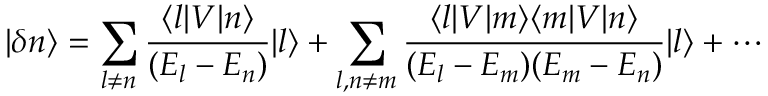
| \delta n \rangle = \sum _ { l \neq n } { \frac { \langle l | V | n \rangle } { ( E _ { l } - E _ { n } ) } } | l \rangle + \sum _ { l , n \neq m } { \frac { \langle l | V | m \rangle \langle m | V | n \rangle } { ( E _ { l } - E _ { m } ) ( E _ { m } - E _ { n } ) } } | l \rangle + \cdots